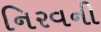
નિરવની